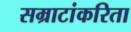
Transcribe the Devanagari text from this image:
सम्राटांकरिता